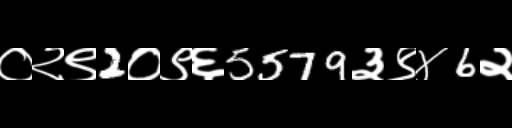
Text: ०२९2०९६5579३९४6२